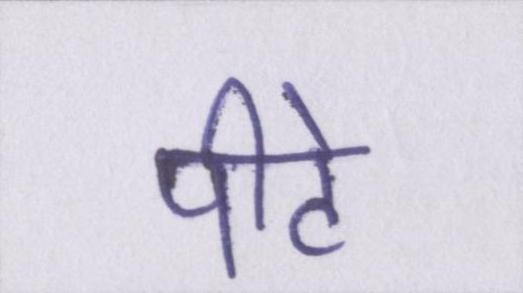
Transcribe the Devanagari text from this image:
पीटे